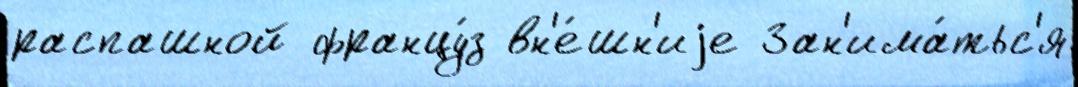
распашной францу́з вн'е́шн'иjе Зан'има́тьс'я